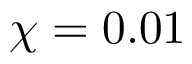
\chi = 0 . 0 1